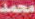
محمد